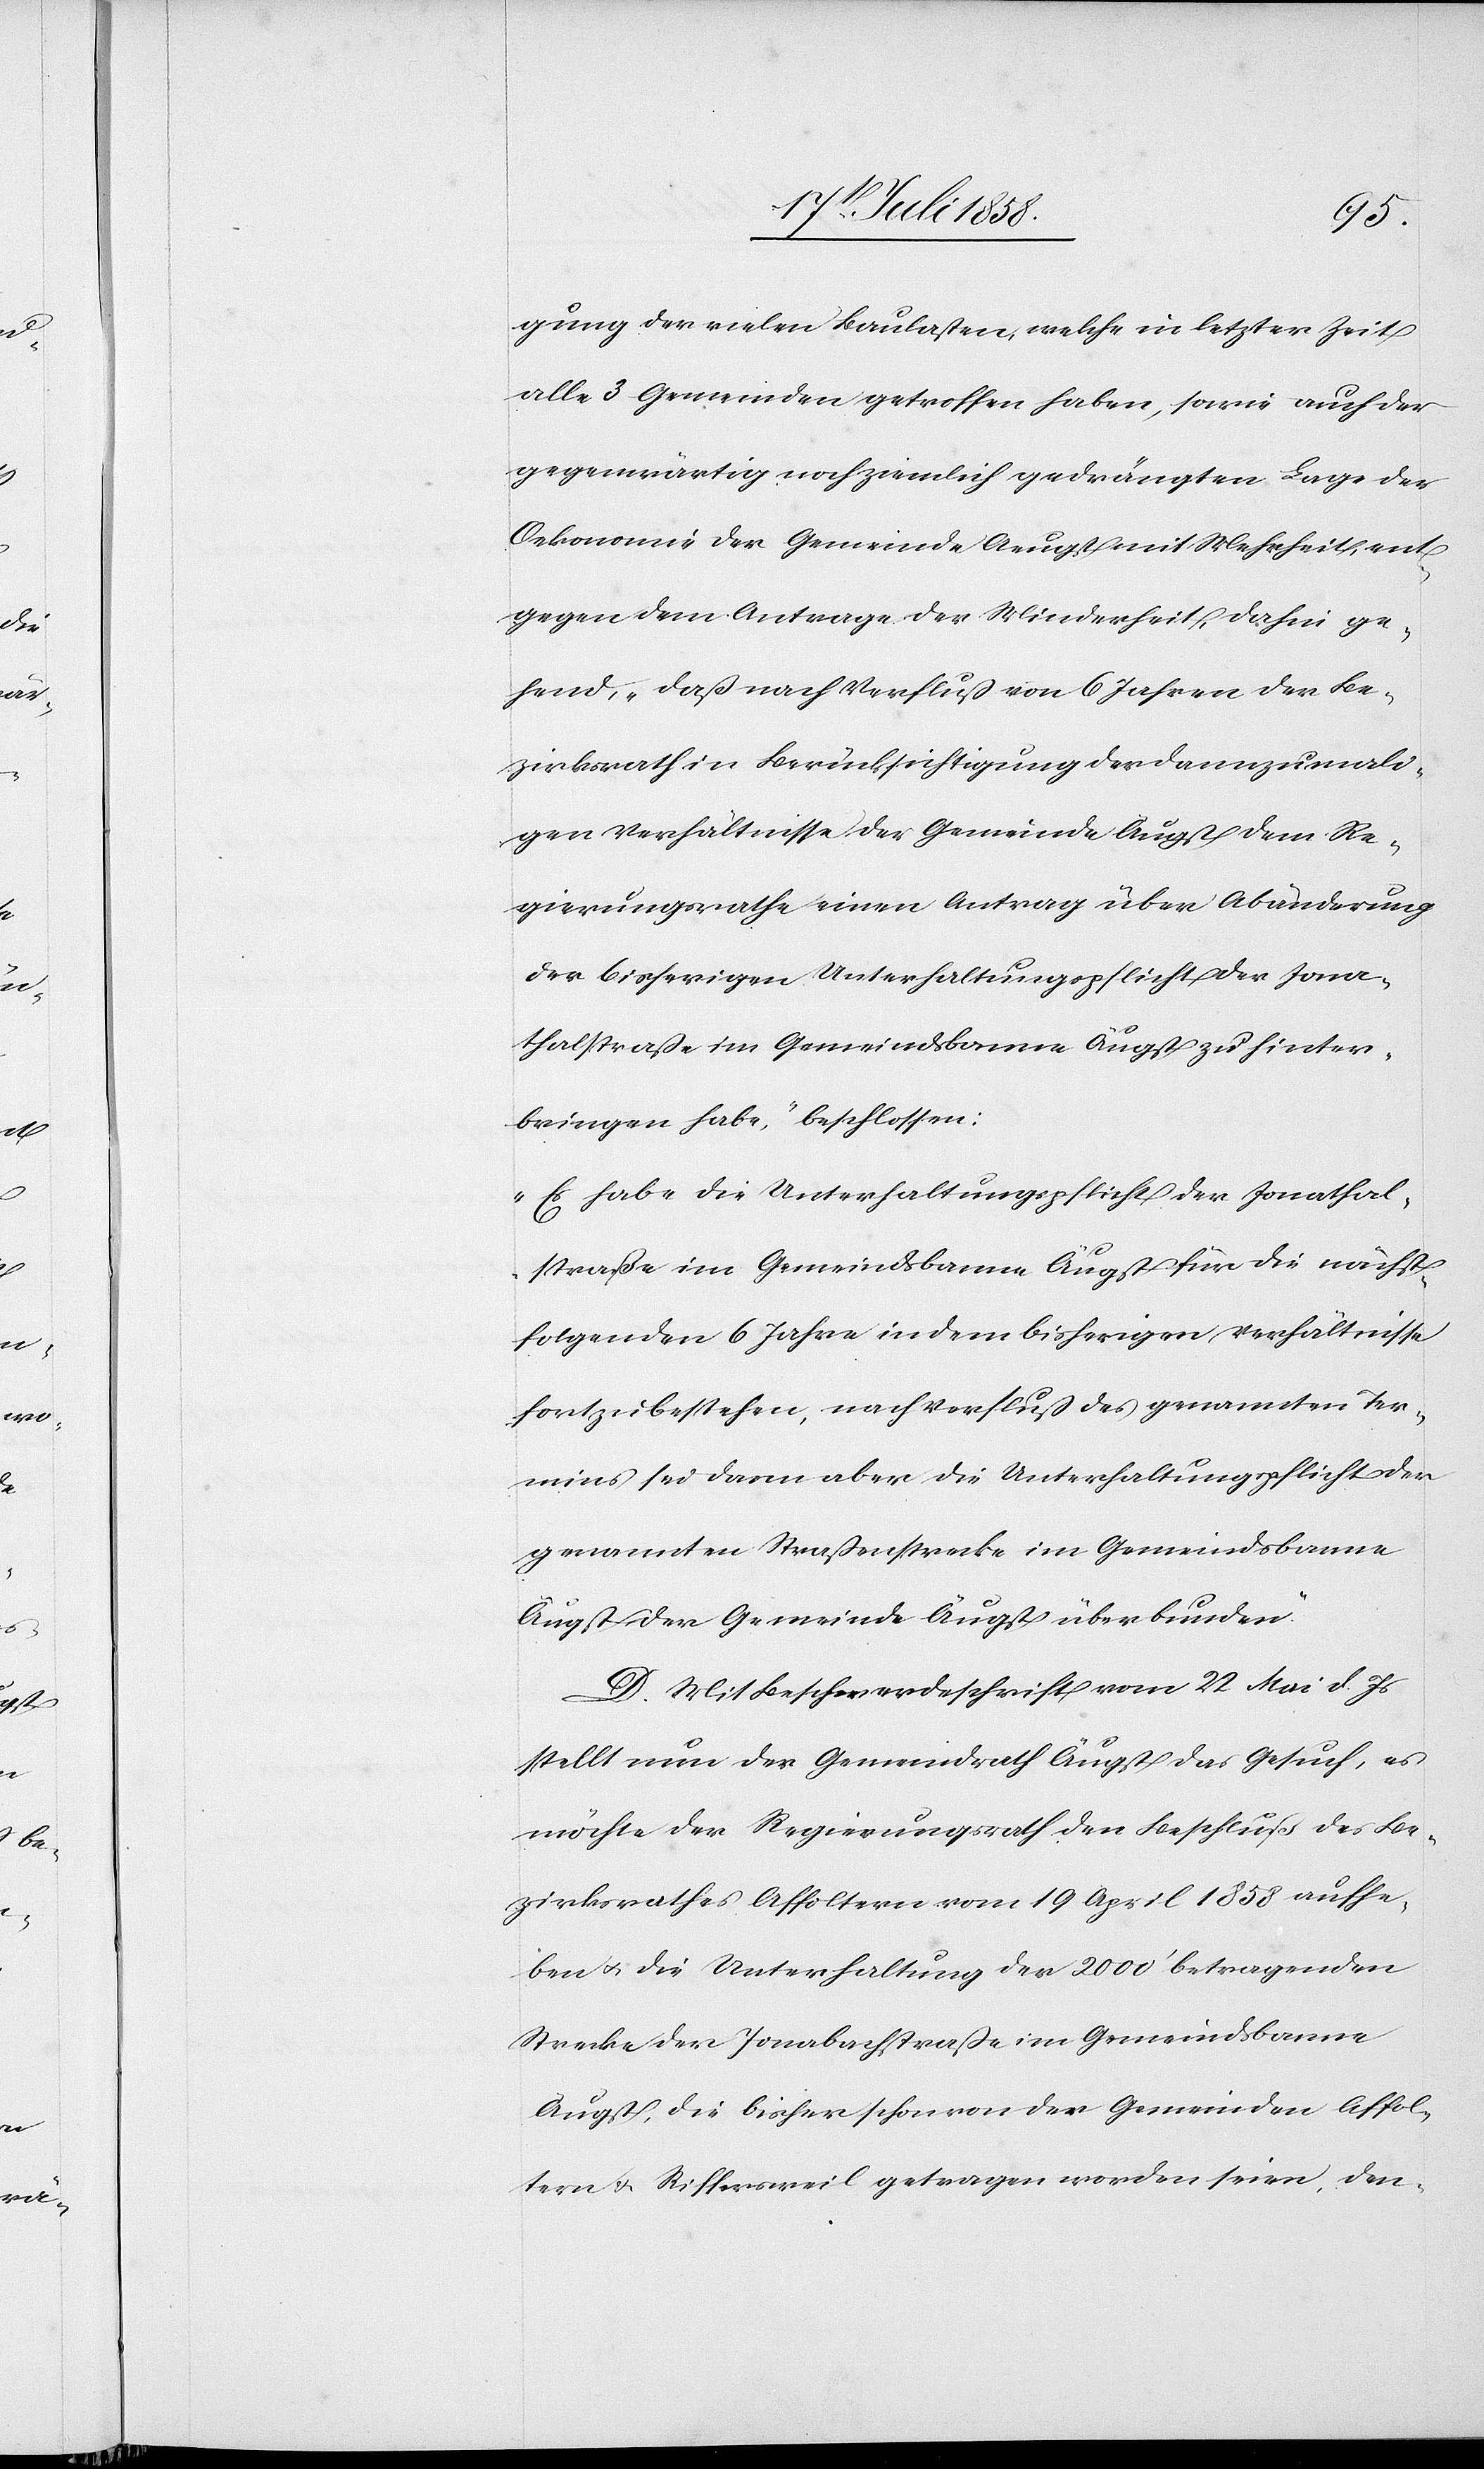
gung der vielen Baulasten, welche in letzter Zeit
alle 3 Gemeinden getroffen haben, sowie auch der
gegenwärtig noch ziemlich gedrängten Lage der
Oekonomie der Gemeinde Aeugst mit Mehrheit, ent¬
gegen dem Antrage der Minderheit, dahin ge¬
hend, „daß nach Verfluß von 6 Jahren der Be¬
zirksrath in Berücksichtigung der dannzumali¬
gen Verhältnisse der Gemeinde Äugst dem Re¬
gierungsrathe einen Antrag über Abänderung
der bisherigen Unterhaltungspflicht der Jona¬
thalstraße im Gemeindsbanne Äugst zu hinter¬
bringen habe,“ beschlossen:
„Es habe die Unterhaltungspflicht der Jonathal¬
straße im Gemeindsbanne Äugst für die nächst¬
folgenden 6 Jahre in dem bisherigen Verhältnisse
fortzubestehen, nach Verfluß des genannten Ter¬
mins sei dann aber die Unterhaltungspflicht der
genannten Straßenstrecke im Gemeindsbanne
Äugst der Gemeinde Äugst überbunden.“
D. Mit Beschwerdeschrift vom 22 Mai d. Js
stellt nun der Gemeindrath Äugst das Gesuch, es
möchte der Regierungsrath den Beschluß des Be¬
zirksrathes Affoltern vom 19 April 1858 aufhe¬
ben & die Unterhaltung der 2000‘ betragenden
Strecke der Jonabachstraße im Gemeindsbanne
Äugst, die bisher schon von den Gemeinden Affol¬
tern & Riffersweil getragen worden seien, den-